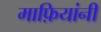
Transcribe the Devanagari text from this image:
माफ़ियांनी